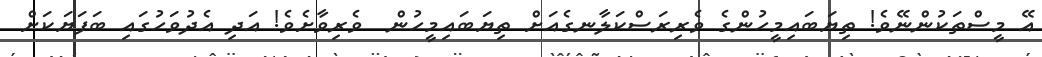
އޭ މީސްތަކުންނޭވެ! ތިޔަބައިމީހުންގެ ވެރިރަސްކަލާނގެއަށް ތިޔަބައިމީހުން  ވެރިވާށެވެ! އަދި އެދުވަހުގައި ބަފަޔަކަށް